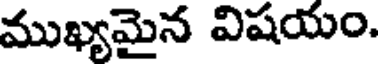
ముఖ్యమైన విషయం.